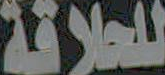
للعلاقة